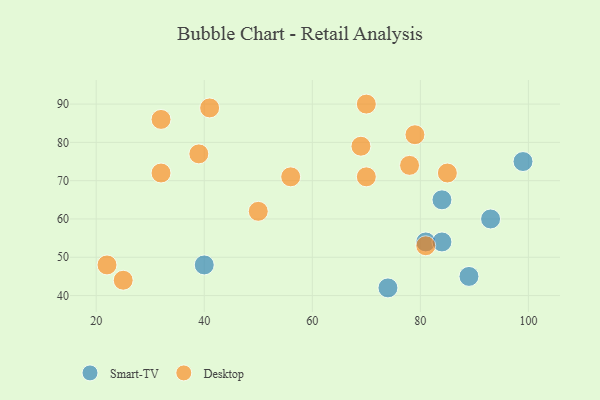
{"axis": {"x": "GDP", "y": "Life Expectancy"}, "legend": ["Desktop", "Smart-TV"], "data": [{"x": "81", "y": 54, "type": "Smart-TV"}, {"x": "89", "y": 45, "type": "Smart-TV"}, {"x": "40", "y": 48, "type": "Smart-TV"}, {"x": "99", "y": 75, "type": "Smart-TV"}, {"x": "93", "y": 60, "type": "Smart-TV"}, {"x": "84", "y": 54, "type": "Smart-TV"}, {"x": "74", "y": 42, "type": "Smart-TV"}, {"x": "84", "y": 65, "type": "Smart-TV"}, {"x": "69", "y": 79, "type": "Desktop"}, {"x": "22", "y": 48, "type": "Desktop"}, {"x": "70", "y": 90, "type": "Desktop"}, {"x": "81", "y": 53, "type": "Desktop"}, {"x": "85", "y": 72, "type": "Desktop"}, {"x": "39", "y": 77, "type": "Desktop"}, {"x": "78", "y": 74, "type": "Desktop"}, {"x": "41", "y": 89, "type": "Desktop"}, {"x": "32", "y": 72, "type": "Desktop"}, {"x": "79", "y": 82, "type": "Desktop"}, {"x": "50", "y": 62, "type": "Desktop"}, {"x": "70", "y": 71, "type": "Desktop"}, {"x": "56", "y": 71, "type": "Desktop"}, {"x": "25", "y": 44, "type": "Desktop"}, {"x": "32", "y": 86, "type": "Desktop"}]}